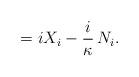
LaTeX: \begin{align*} = i X_i - \frac{i}\kappa\, N_i.\end{align*}